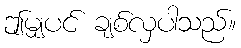
ဤမျှပင် ချစ်လှပါသည်။